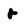
Character: r